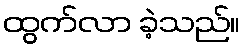
ထွက်လာ ခဲ့သည်။